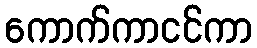
ကောက်ကာငင်ကာ